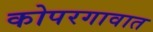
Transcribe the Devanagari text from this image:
कोपरगावात